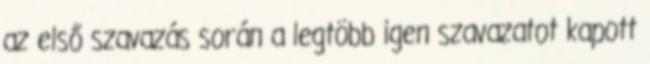
az első szavazás során a legtöbb igen szavazatot kapott